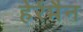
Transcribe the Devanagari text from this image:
हेर्रमैन